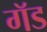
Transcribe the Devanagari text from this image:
गॅड